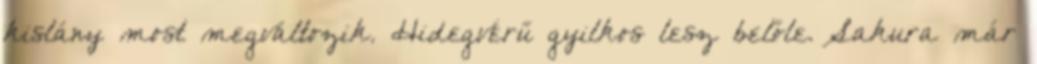
kislány most megváltozik. Hidegvérű gyilkos lesz belőle. Sakura már